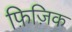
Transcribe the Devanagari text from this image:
फ़िज़िक